Vaccination in Bombay 1856-1862 - 1856-1862
Year: 1856
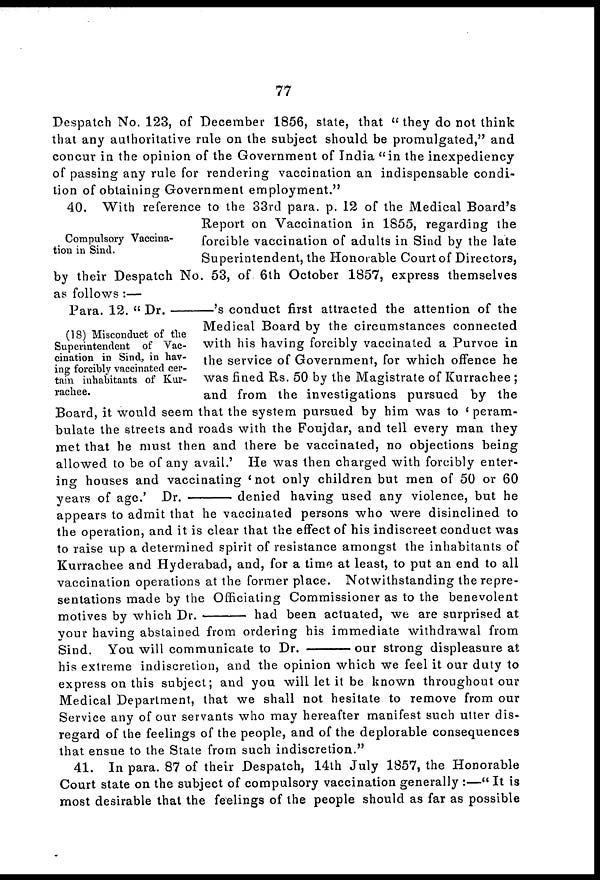
77
Despatch No. 123, of December 1856, state, that " they do not think
that any authoritative rule on the subject should be promulgated," and
concur in the opinion of the Government of India "in the inexpediency
of passing any rule for rendering vaccination an indispensable condi-
tion of obtaining Government employment."
Compulsory Vaccina-
tion in Sind.
40. With reference to the 33rd para. p. 12 of the Medical Board's
Report on Vaccination in 1855, regarding the
forcible vaccination of adults in Sind by the late
Superintendent, the Honorable Court of Directors,
by their Despatch No. 53, of 6th October 1857, express themselves
as follows :—
(18) Misconduct of the
Superintendent of Vac-
cination in Sind, in hav-
ing forcibly vaccinated cer-
tain inhabitants of Kur-
rachee.
Para. 12. " Dr.—'s conduct first attracted the attention of the
Medical Board by the circumstances connected
with his having forcibly vaccinated a Purvoe in
the service of Government, for which offence he
was fined Rs. 50 by the Magistrate of Kurrachee ;
and from the investigations pursued by the
Board, it would seem that the system pursued by him was to 'peram-
bulate the streets and roads with the Foujdar, and tell every man they
met that he must then and there be vaccinated, no objections being
allowed to be of any avail.' He was then charged with forcibly enter-
ing houses and vaccinating 'not only children but men of 50 or 60
years of age.' Dr. —
denied having used any violence, but he
appears to admit that he vaccinated persons who were disinclined to
the operation, and it is clear that the effect of his indiscreet conduct was
to raise up a determined spirit of resistance amongst the inhabitants of
Kurrachee and Hyderabad, and, for a time at least, to put an end to all
vaccination operations at the former place. Notwithstanding the repre-
sentations made by the Officiating Commissioner as to the benevolent
motives by which Dr. -
had been actuated, we are surprised at
your having abstained from ordering his immediate withdrawal from
Sind. You will communicate to Dr. —
our strong displeasure at
his extreme indiscretion, and the opinion which we feel it our duty to
express on this subject; and you will let it be known throughout our
Medical Department, that we shall not hesitate to remove from our
Service any of our servants who may hereafter manifest such utter dis-
regard of the feelings of the people, and of the deplorable consequences
that ensue to the State from such indiscretion."
41. In para. 87 of their Despatch, 14th July 1857, the Honorable
Court state on the subject of compulsory vaccination generally :—" It is
most desirable that the feelings of the people should as far as possible